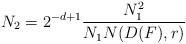
LaTeX: \begin{align*}N_2=2^{-d+1}\frac{N^2_1}{N_1 N(D(F),r)}\end{align*}